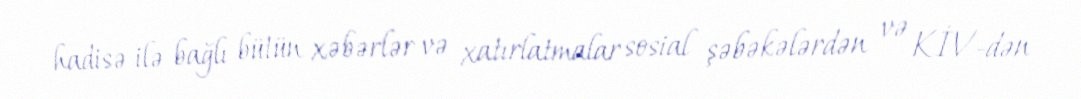
hadisə ilə bağlı bütün xəbərlər və xatırlatmalar sosial şəbəkələrdən və KİV-dən